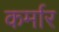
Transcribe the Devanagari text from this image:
कर्मार